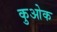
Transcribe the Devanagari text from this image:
कुओक